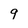
Character: 9